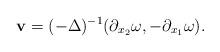
LaTeX: \begin{align*} \mathbf{v} = (-\Delta)^{-1} (\partial_{x_2} \omega, -\partial_{x_1} \omega).\end{align*}